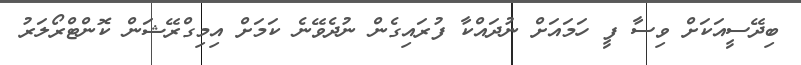
ބިދޭސީއަކަށް ވިސާ ފީ ހަމައަށް ނުދައްކާ ފުރައިގެން ނުދެވޭނެ ކަމަށް އިމިގްރޭޝަން ކޮންޓްރޯލަރު